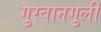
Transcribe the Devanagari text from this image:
गुरबानगुली